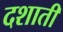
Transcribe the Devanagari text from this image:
दशाती